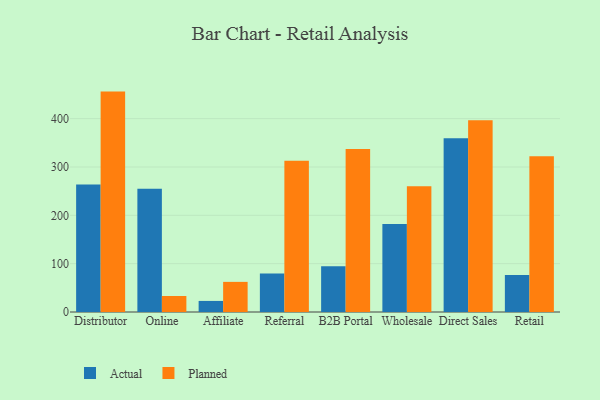
{"axis": {"x": "Channel", "y": "Inventory Turnover"}, "legend": ["Actual", "Planned"], "data": [{"x": "Distributor", "y": 263.9, "type": "Actual"}, {"x": "Distributor", "y": 455.9, "type": "Planned"}, {"x": "Online", "y": 255.2, "type": "Actual"}, {"x": "Online", "y": 33.1, "type": "Planned"}, {"x": "Affiliate", "y": 22.9, "type": "Actual"}, {"x": "Affiliate", "y": 62.3, "type": "Planned"}, {"x": "Referral", "y": 79.7, "type": "Actual"}, {"x": "Referral", "y": 313.0, "type": "Planned"}, {"x": "B2B Portal", "y": 94.7, "type": "Actual"}, {"x": "B2B Portal", "y": 337.1, "type": "Planned"}, {"x": "Wholesale", "y": 181.8, "type": "Actual"}, {"x": "Wholesale", "y": 260.1, "type": "Planned"}, {"x": "Direct Sales", "y": 359.3, "type": "Actual"}, {"x": "Direct Sales", "y": 396.8, "type": "Planned"}, {"x": "Retail", "y": 76.4, "type": "Actual"}, {"x": "Retail", "y": 322.3, "type": "Planned"}]}